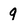
Character: 9